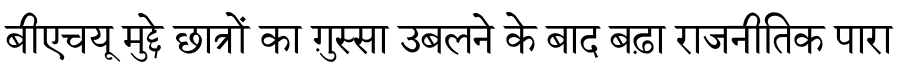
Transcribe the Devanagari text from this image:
बीएचयू मुद्दे छात्रों का ग़ुस्सा उबलने के बाद बढ़ा राजनीतिक पारा